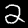
Label: 2